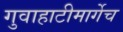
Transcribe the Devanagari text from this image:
गुवाहाटीमार्गेच